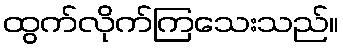
ထွက်လိုက်ကြသေးသည်။